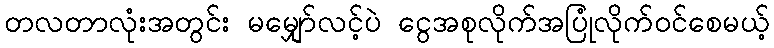
တလတာလုံးအတွင်း မမျှော်လင့်ပဲ ငွေအစုလိုက်အပြုံလိုက်ဝင်စေမယ့်